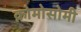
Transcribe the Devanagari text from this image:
क्रोमोसोमी